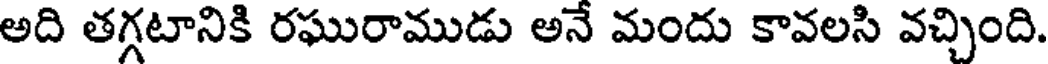
అది తగ్గటానికి రఘురాముడు అనే మందు కావలసి వచ్చింది.